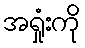
အရှုံးကို